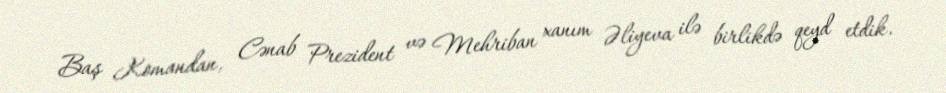
Baş Komandan, Cənab Prezident və Mehriban xanım Əliyeva ilə birlikdə qeyd etdik.